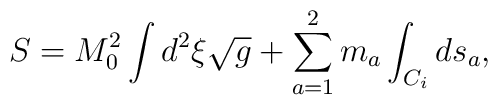
S=M_0^2\int d^{2}\xi\sqrt{g}+\sum_{a=1}^2m_a\int_{C_i}ds_a,